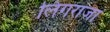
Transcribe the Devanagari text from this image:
लिंगराजा